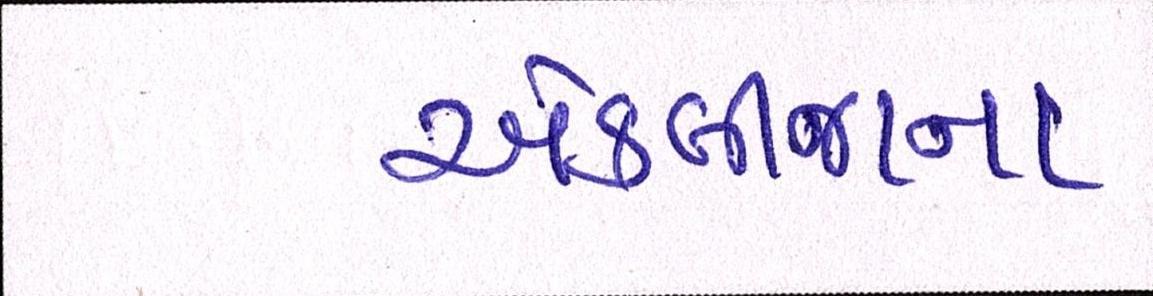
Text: એકબીજાના